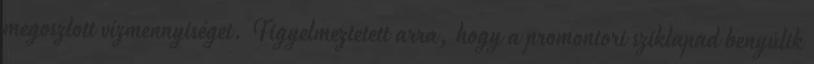
megoszlott vízmennyiséget. Figyelmeztetett arra, hogy a promontori sziklapad benyúlik